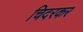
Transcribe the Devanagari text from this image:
चिदरकर